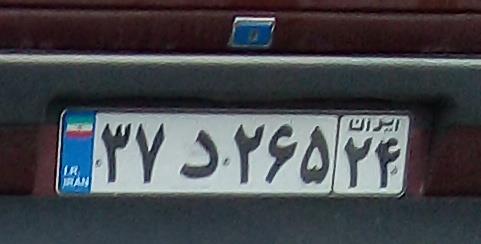
۳۷د۲۶۵۲۴